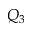
Q _ { 3 }